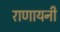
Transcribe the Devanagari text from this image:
राणायनी